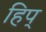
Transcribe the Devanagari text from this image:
हिप्